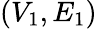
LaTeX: (V_{1},E_{1})